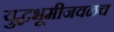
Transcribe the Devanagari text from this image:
युद्धभूमीजवळच